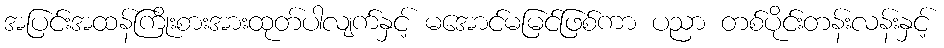
အပြင်းအထန်ကြိုးစားအားထုတ်ပါလျက်နှင့် မအောင်မမြင်ဖြစ်ကာ ပညာ တစ်ပိုင်းတန်းလန်းနှင့်